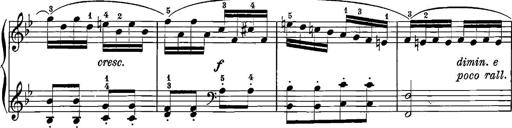
Title: 12 Sonatinas
Composer: Ignaz Pleyel